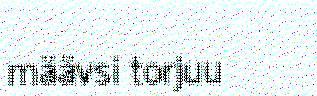
määvsi torjuu